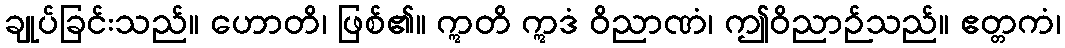
ချုပ်ခြင်းသည်။ ဟောတိ၊ ဖြစ်၏။ ဣတိ ဣဒံ ဝိညာဏံ၊ ဤဝိညာဉ်သည်။ ဧတ္တကံ၊